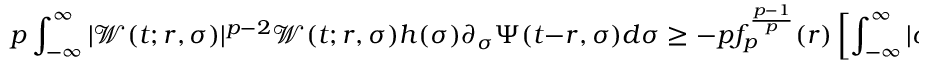
p \int _ { - \infty } ^ { \infty } | \mathcal { W } ( t ; r , \sigma ) | ^ { p - 2 } \mathcal { W } ( t ; r , \sigma ) h ( \sigma ) \partial _ { \sigma } \Psi ( t - r , \sigma ) d \sigma \geq - p f _ { p } ^ { \frac { p - 1 } { p } } ( r ) \left[ \int _ { - \infty } ^ { \infty } | \sigma | ^ { p \beta } | \partial _ { \sigma } \Psi ( t - r , \sigma ) | ^ { p } d \sigma \right] ^ { 1 / p } .